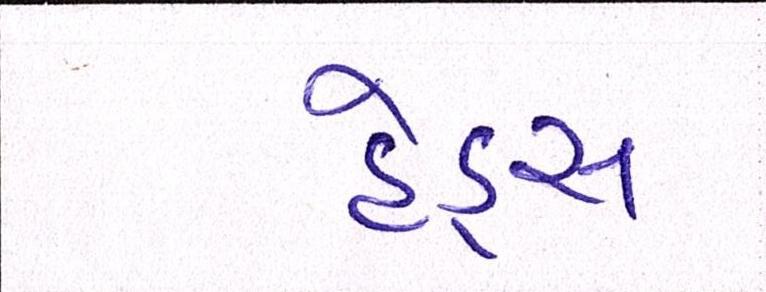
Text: હેડ્સ